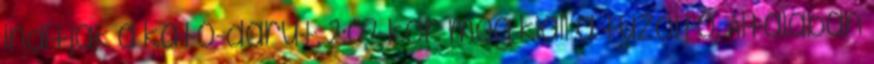
indítják a kato-darut. 2:07-kor meg kiáll a tűzoltó. Általában